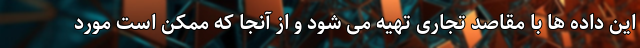
این داده ها با مقاصد تجاری تهیه می شود و از آنجا که ممکن است مورد